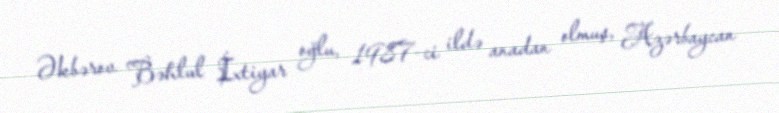
Əkbərov Bəhlul İxtiyar oğlu, 1987-ci ildə anadan olmuş, Azərbaycan